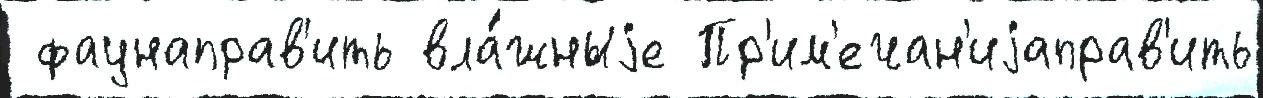
 фаунаправ'ить вла́жныjе Пр'им'ечан'иjаправ'ить